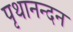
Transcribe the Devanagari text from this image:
पृथानन्दन